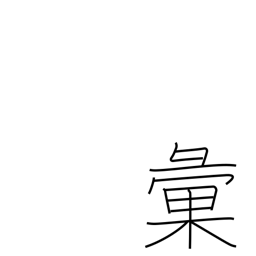
Meaning: classify